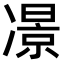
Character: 𠘉